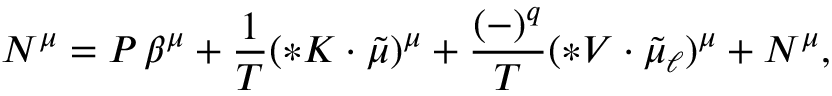
N ^ { \mu } = P \, \beta ^ { \mu } + \frac 1 T ( { * { \cal K } } \cdot \tilde { \mu } ) ^ { \mu } + \frac { ( - ) ^ { q } } { T } ( * { \cal V } \cdot { \tilde { \mu } _ { \ell } } ) ^ { \mu } + { \cal N } ^ { \mu } ,